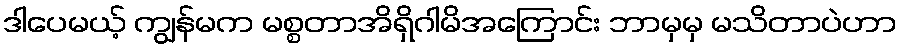
ဒါပေမယ့် ကျွန်မက မစ္စတာအိရှိဂါမိအကြောင်း ဘာမှမှ မသိတာပဲဟာ